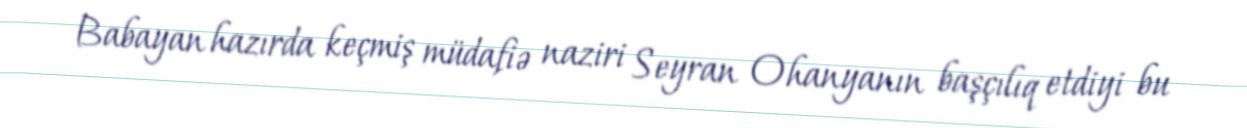
Babayan hazırda keçmiş müdafiə naziri Seyran Ohanyanın başçılıq etdiyi bu